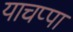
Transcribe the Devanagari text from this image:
याचप्पा